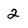
Character: 2